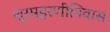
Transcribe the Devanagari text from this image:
श्रमहरणीनिवास